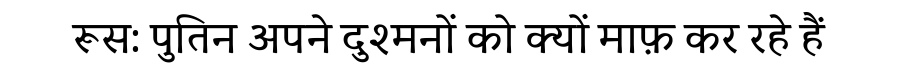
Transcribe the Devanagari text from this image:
रूस: पुतिन अपने दुश्मनों को क्यों माफ़ कर रहे हैं